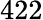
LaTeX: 422